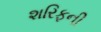
શરિફની